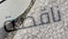
ناقصة